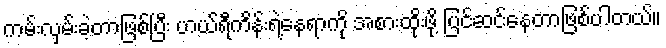
ကမ်းလှမ်းခဲ့တာဖြစ်ပြီး ဟယ်ရီကိန်းရဲ့နေရာကို အစားထိုးဖို့ ပြင်ဆင်နေတာဖြစ်ပါတယ်။